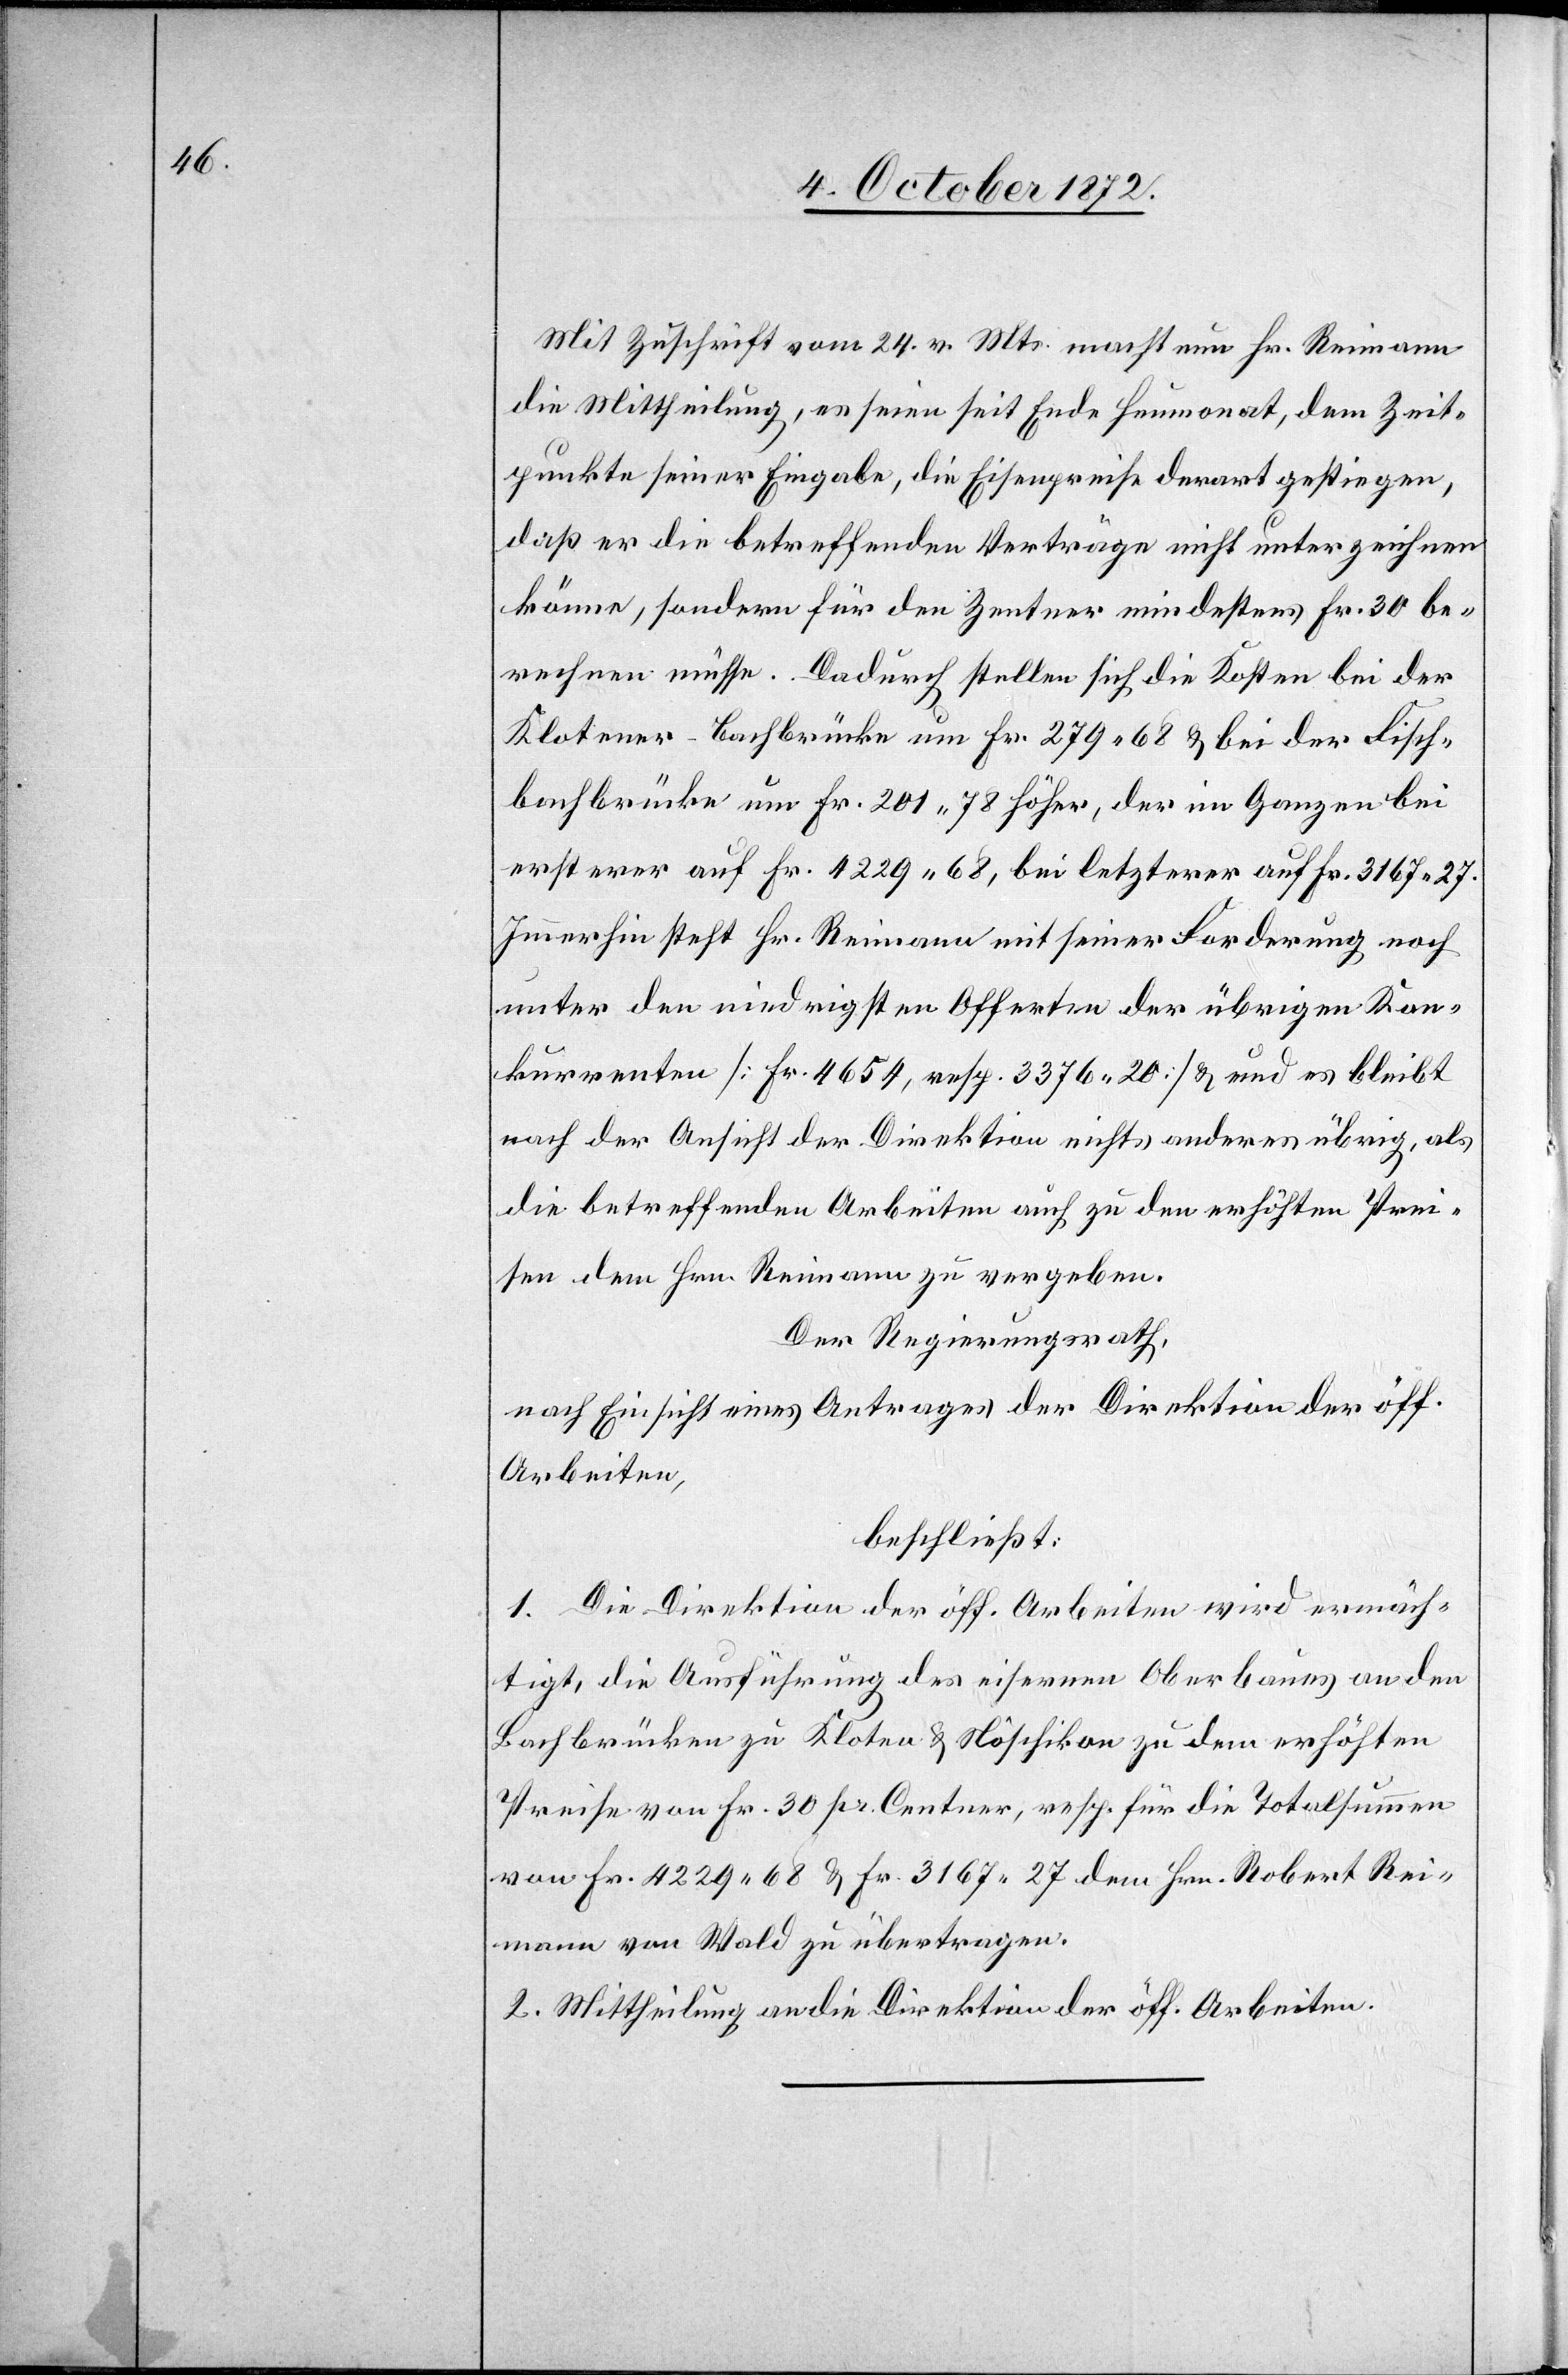
Mit Zuschrift vom 24. v. Mts. macht nun Hr. Reimann
die Mittheilung, es seien seit Ende Heumonat, dem Zeit¬
punkte seiner Eingabe, die Eisenpreise derart gestiegen,
daß er die betreffenden Verträge nicht unterzeichnen
könne, sondern für den Zentner mindestens Fr. 30 be¬
rechnen müsse. Dadurch stellen sich die Kosten bei der
Klotener-Bachbrücke um Fr. 279 68 u. bei der Fisch¬
bachbrücke um Fr. 201 78 höher, der im Ganzen bei
ersterer auf Fr. 4229 68, bei letzterer auf Fr. 3167 27.
Immerhin steht Hr. Reimann mit seiner Forderung noch
unter den niedrigsten Offerten der übrigen Kon¬
kurrenten [Fr. 4654, resp. 3376 20] u. und [sic!] es bleibt
nach der Ansicht der Direktion nichts anderes übrig, als
die betreffenden Arbeiten auch zu den erhöhten Prei¬
sen dem Hrn. Reimann zu vergeben.
Der Regierungsrath,
nach Einsicht eines Antrages der Direktion der öff.
Arbeiten,
beschließt:
1. Die Direktion der öff. Arbeiten wird ermäch¬
tigt, die Ausführung des eisernen Oberbaues an den
Bachbrücken zu Kloten u. Nöschikon zu dem erhöhten
Preise von Fr. 30 pr. Centner, resp. für die Totalsummen
von Fr. 4229 68 u. Fr. 3167 27 dem Hrn. Robert Rei¬
mann von Wald zu übertragen.
2. Mittheilung an die Direktion der öff. Arbeiten.